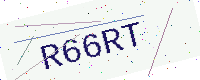
Text: R66RT